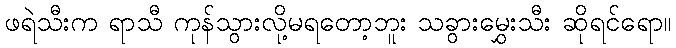
ဖရဲသီးက ရာသီ ကုန်သွားလို့မရတော့ဘူး သခွားမွှေးသီး ဆိုရင်ရော။